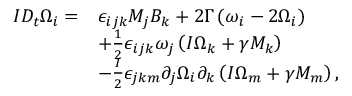
\begin{array} { r l } { I D _ { t } \Omega _ { i } = } & { \epsilon _ { i j k } M _ { j } B _ { k } + 2 \Gamma \left( \omega _ { i } - 2 \Omega _ { i } \right) } \\ & { + \frac { 1 } { 2 } \epsilon _ { i j k } \omega _ { j } \left( I \Omega _ { k } + \gamma M _ { k } \right) } \\ & { - \frac { I } { 2 } \epsilon _ { j k m } \partial _ { j } \Omega _ { i } \partial _ { k } \left( I \Omega _ { m } + \gamma M _ { m } \right) , } \end{array}